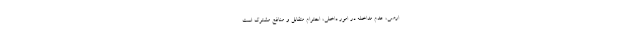
ارضی، عدم مداخله در امور داخلی، احترام متقابل و منافع مشترک است.